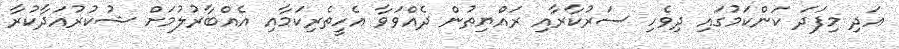
އަދި މިފަދަ ކަންކަމުގައި ދިވެހި ސަރުކާރާއި ރައްޔިތުން ދެއްވަވާ އެހީތެރިކަމާއި އެއްބާރުލުމަށް ޝުކުރުއަދާކުރާ